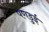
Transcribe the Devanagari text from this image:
पणडुई